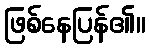
ဖြစ်နေပြန်၏။